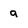
Character: g